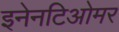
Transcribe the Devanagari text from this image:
इनेनटिओमर